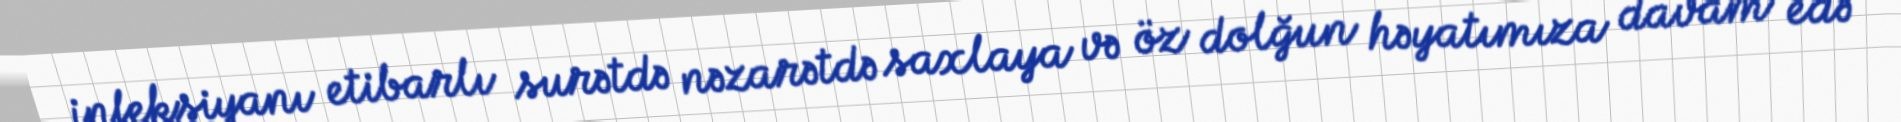
infeksiyanı etibarlı surətdə nəzarətdə saxlaya və öz dolğun həyatımıza davam edə